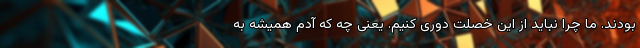
بودند. ما چرا نباید از این خصلت دوری کنیم. یعنی چه که آدم همیشه به